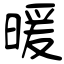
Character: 暖